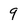
Character: 9